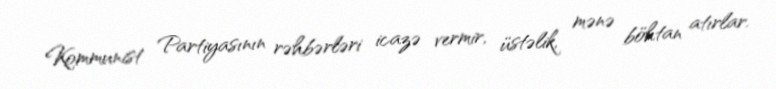
Kommunist Partiyasının rəhbərləri icazə vermir, üstəlik, mənə böhtan atırlar.